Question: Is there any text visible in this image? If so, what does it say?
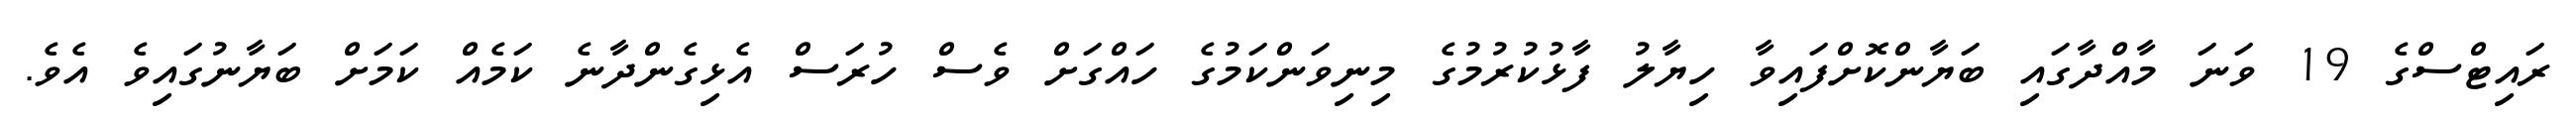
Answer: ރައިޓްސްގެ 19 ވަނަ މާއްދާގައި ބަޔާންކޮށްފައިވާ ހިޔާލު ފާޅުކުރުމުގެ މިނިވަންކަމުގެ ހައްގަށް ވެސް ހުރަސް އެޅިގެންދާނެ ކަމެއް ކަމަށް ބަޔާނުގައިވެ އެވެ.